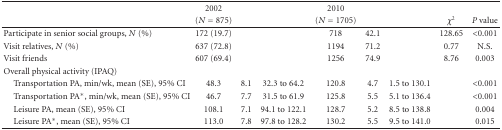
|  | 2002 |  |  | 2010 |  |  |  |  |
 |  | (N = 875) |  |  | (N = 1705) |  |  | χ2 | P value |
 | --- | --- | --- | --- | --- | --- | --- | --- | --- |
 | Participate in senior social groups, N (%) | 172 (19.7) |  |  | 718 | 42.1 |  | 128.65 | <0.001 |
 | Visit relatives, N (%) | 637 (72.8) |  |  | 1194 | 71.2 |  | 0.77 | N.S. |
 | Visit friends | 607 (69.4) |  |  | 1256 | 74.9 |  | 8.76 | 0.003 |
 | Overall physical activity (IPAQ) |  |  |  |  |  |  |  |  |
 | Transportation PA, min/wk, mean (SE), 95% CI | 48.3 | 8.1 | 32.3 to 64.2 | 120.8 | 4.7 | 1.5 to 130.1 |  | <0.001 |
 | Transportation PA∗, min/wk, mean (SE), 95% CI | 46.7 | 7.7 | 31.5 to 61.9 | 125.8 | 5.5 | 5.1 to 136.4 |  | <0.001 |
 | Leisure PA, mean (SE), 95% CI | 108.1 | 7.1 | 94.1 to 122.1 | 128.7 | 5.2 | 8.5 to 138.8 |  | 0.004 |
 | Leisure PA∗, mean (SE), 95% CI | 113.0 | 7.8 | 97.8 to 128.2 | 130.2 | 5.5 | 9.5 to 141.0 |  | 0.015 |